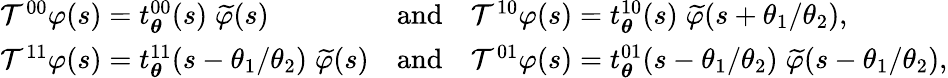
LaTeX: \begin{array}{lcl}{\mathcal{T}^{00}\varphi(s)=t_{\boldsymbol{\theta}}^{00}(s)\; \widetilde{\varphi}(s)}&{\textnormal{and}}&{\mathcal{T}^{10}\varphi(s)=t_{\boldsymbol{\theta}}^{10}(s)\; \widetilde{\varphi}(s+\theta_{1}/\theta_{2}),}\\ {\mathcal{T}^{11}\varphi(s)=t_{\boldsymbol{\theta}}^{11}(s-\theta_{1}/\theta_{2})\; \widetilde{\varphi}(s)}&{\textnormal{and}}&{\mathcal{T}^{01}\varphi(s)=t_{\boldsymbol{\theta}}^{01}(s-\theta_{1}/\theta_{2})\; \widetilde{\varphi}(s-\theta_{1}/\theta_{2}),}\end{array}